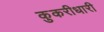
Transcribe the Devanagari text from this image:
कुकरीधारी